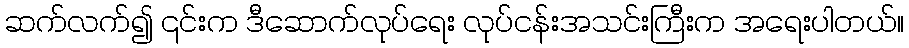
ဆက်လက်၍ ၎င်းက ဒီဆောက်လုပ်ရေး လုပ်ငန်းအသင်းကြီးက အရေးပါတယ်။